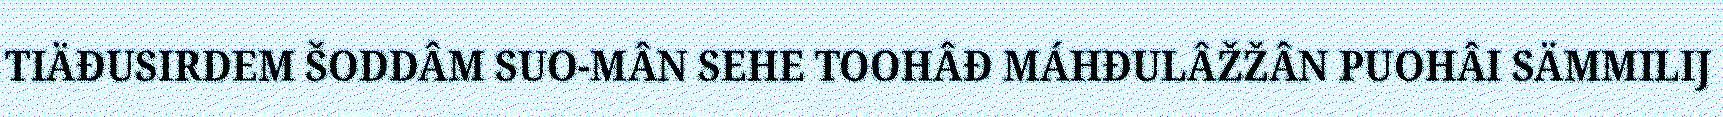
TIÄĐUSIRDEM ŠODDÂM SUO-MÂN SEHE TOOHÂĐ MÁHĐULÂŽŽÂN PUOHÂI SÄMMILIJ